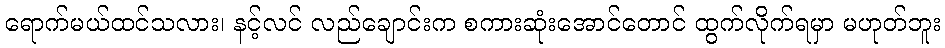
ရောက်မယ်ထင်သလား၊ နင့်လင် လည်ချောင်းက စကားဆုံးအောင်တောင် ထွက်လိုက်ရမှာ မဟုတ်ဘူး